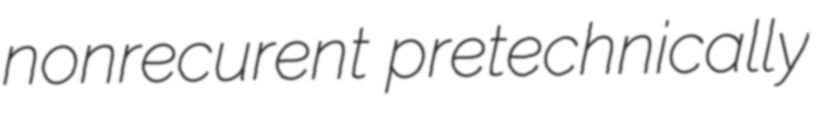
nonrecurent pretechnically